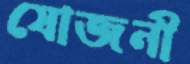
যোজনী